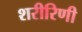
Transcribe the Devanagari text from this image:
शरीरिणी